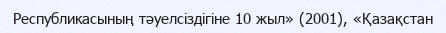
Республикасының тәуелсіздігіне 10 жыл» (2001), «Қазақстан